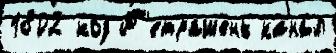
1802 код П'етрашень кана́л